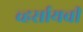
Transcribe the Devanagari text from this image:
व्हर्सायची